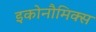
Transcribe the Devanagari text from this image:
इकोनौमिक्स